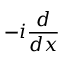
- i { \frac { d } { d x } }